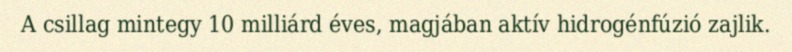
A csillag mintegy 10 milliárd éves, magjában aktív hidrogénfúzió zajlik.